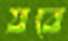
যবে